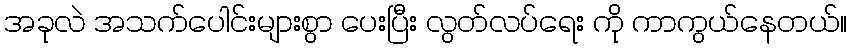
အခုလဲ အသက်ပေါင်းများစွာ ပေးပြီး လွတ်လပ်ရေး ကို ကာကွယ်နေတယ်။